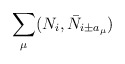
\begin{align*}\sum_{\mu} (N_i, \bar{N}_{i \pm a_{\mu}}) \end{align*}